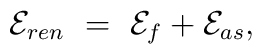
{\cal E}_{ren}\ =\ {\cal E}_f + {\cal E}_{as},